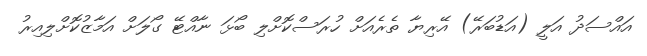
އައްސަދު އަލީ (އަޑުބަރޭ) އޭރިޔާ ތެރެއަށް ހުރަސްކޮށްލި ބޯޅަ ނާއްޓޭ ގޯލަށް އަމާޒުކޮށްލިއިރު